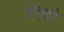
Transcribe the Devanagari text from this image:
डेलूही